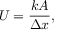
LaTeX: { \big . } U = { \frac { k A } { \Delta x } } , \quad